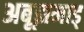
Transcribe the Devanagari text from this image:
अबूझमाड्